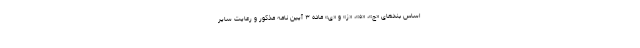
اساس بندهای «ج»، «ه»، «ز» و «ی» ماده ۳ آیین نامه مذکور و رعایت سایر